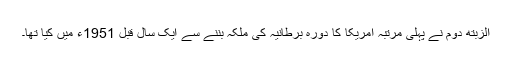
الزبتھ دوم نے پہلی مرتبہ امریکا کا دورہ برطانیہ کی ملکہ بننے سے ایک سال قبل 1951ء میں کیا تھا۔